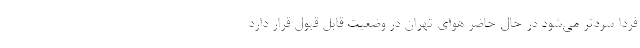
فردا سردتر می‌شود در حال حاضر هوای تهران در وضعیت قابل قبول قرار دارد